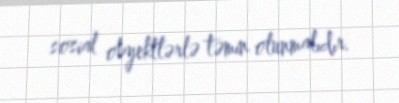
sosial obyektlərlə təmin olunmalıdır.